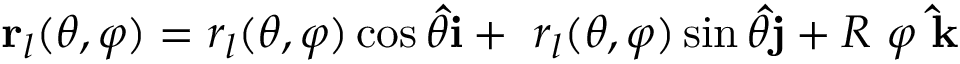
\mathbf { r } _ { l } ( \theta , \varphi ) = r _ { l } ( \theta , \varphi ) \cos { \theta } \mathbf { \hat { i } } + \ r _ { l } ( \theta , \varphi ) \sin { \theta } \mathbf { \hat { j } } + R \ \varphi \ \mathbf { \hat { k } }